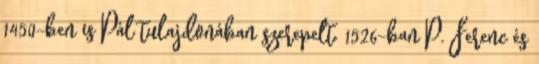
1450-ben is Pál tulajdonában szerepelt. 1526-ban P. Ferenc és